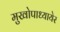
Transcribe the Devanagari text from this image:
मुखोपाध्यायेर